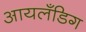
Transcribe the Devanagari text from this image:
आयलँडिग